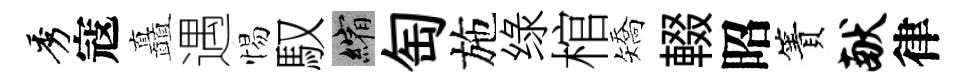
秀寇矗遇惕馭縮匋施绿棺矯輟昭簀献律